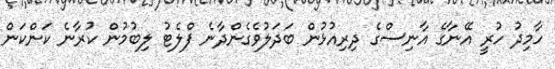
ހާމިދު ހުރީ އޭނާގެ އާނިސްގެ ދިރިއުޅުން ބަދަލުވެގެންދާނެ ފްލެޓު ލިބުމުން ކުރާނެ ކަންކަން